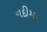
નદીમા